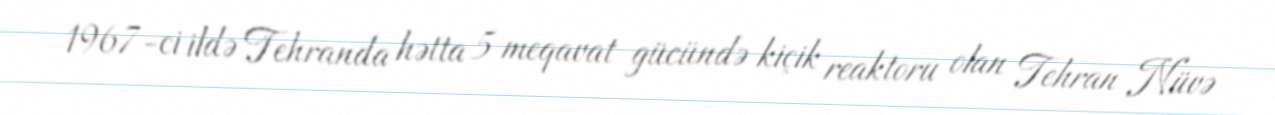
1967-ci ildə Tehranda hətta 5 meqavat gücündə kiçik reaktoru olan Tehran Nüvə